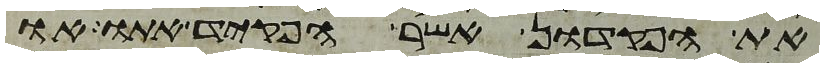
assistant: את הפקדון אשר הפקד אתו או